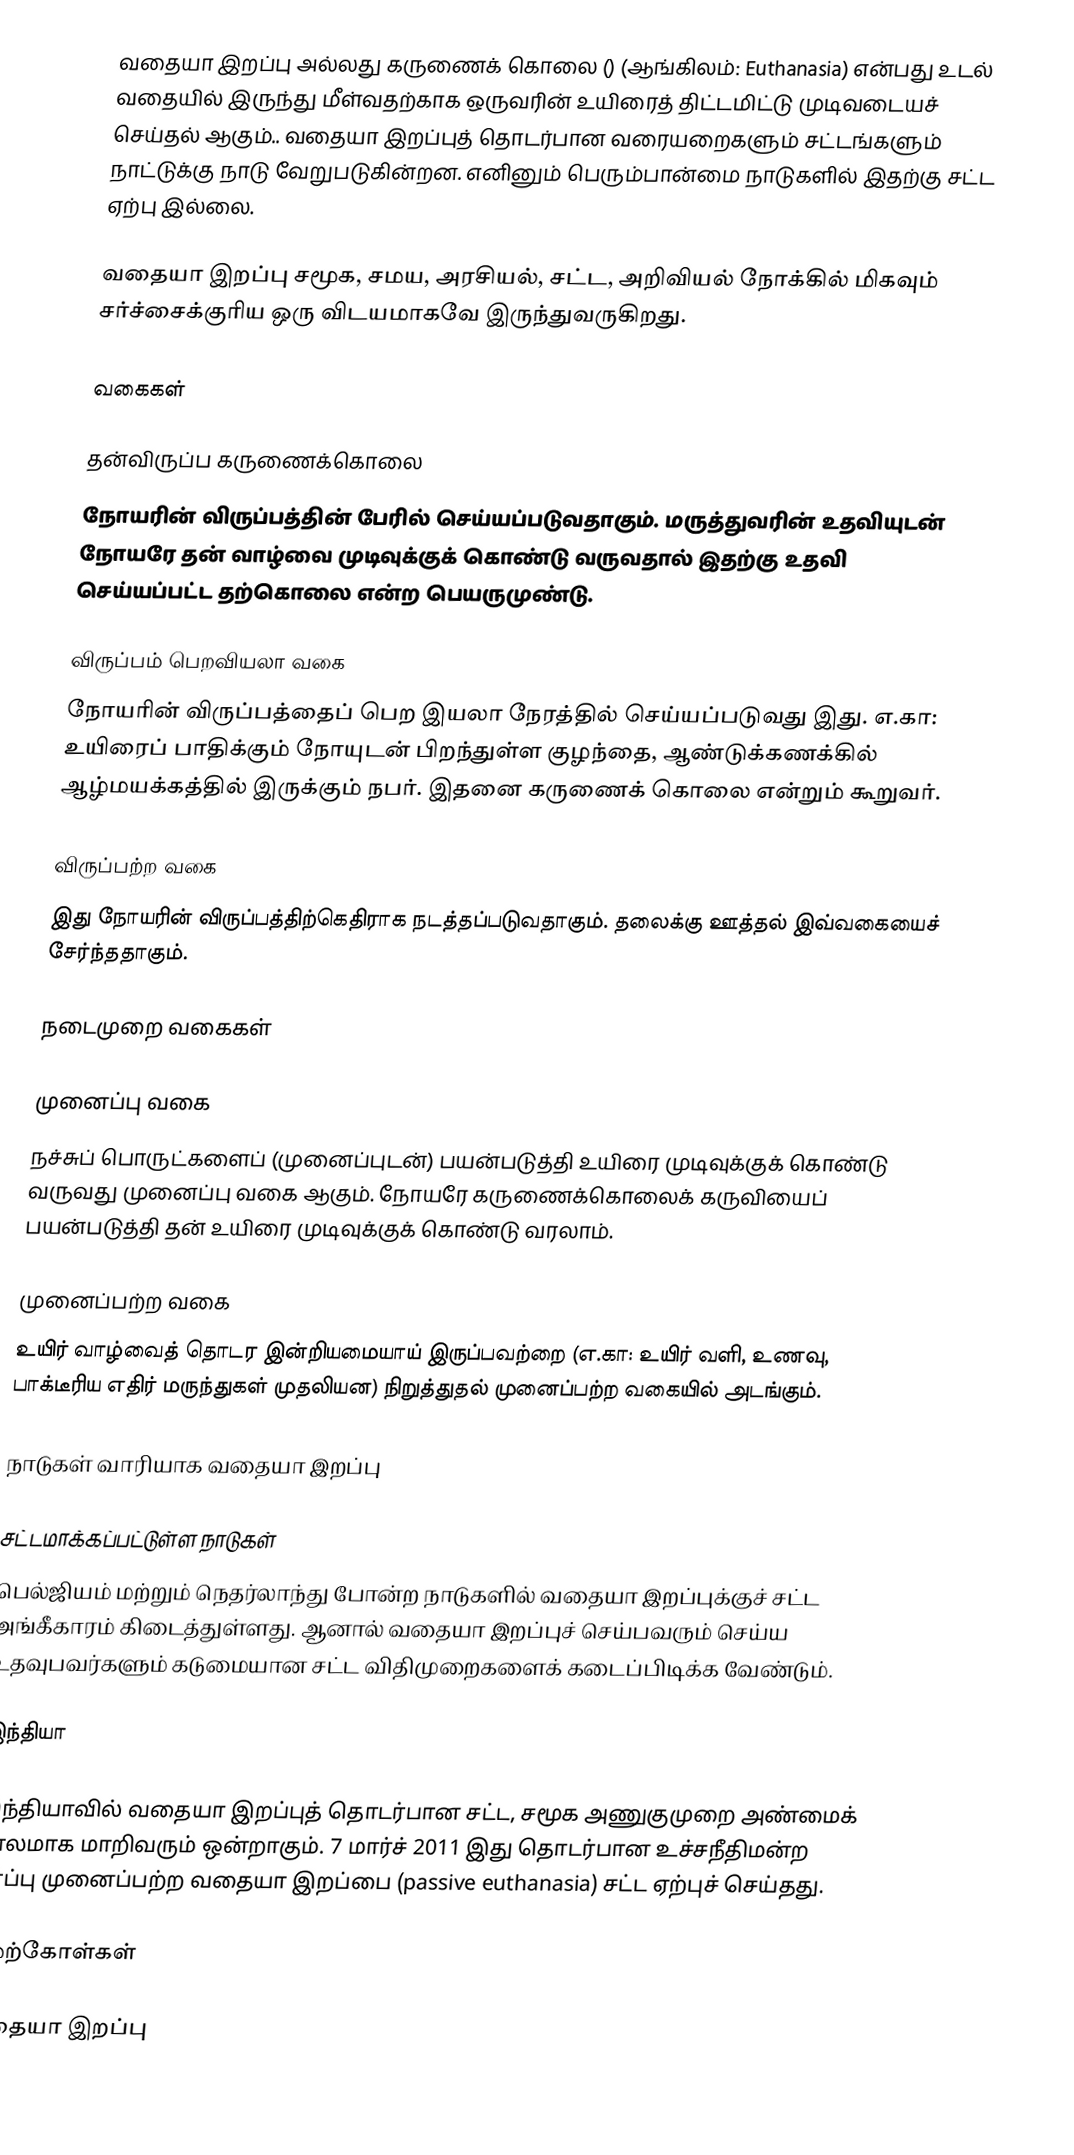
வதையா இறப்பு அல்லது கருணைக் கொலை () (ஆங்கிலம்: Euthanasia) என்பது உடல் வதையில் இருந்து மீள்வதற்காக ஒருவரின் உயிரைத் திட்டமிட்டு முடிவடையச் செய்தல் ஆகும்.. வதையா இறப்புத் தொடர்பான வரையறைகளும் சட்டங்களும் நாட்டுக்கு நாடு வேறுபடுகின்றன.  எனினும் பெரும்பான்மை நாடுகளில் இதற்கு சட்ட ஏற்பு இல்லை.

வதையா இறப்பு சமூக, சமய, அரசியல், சட்ட, அறிவியல் நோக்கில் மிகவும் சர்ச்சைக்குரிய ஒரு விடயமாகவே இருந்துவருகிறது.

வகைகள்

தன்விருப்ப கருணைக்கொலை
நோயரின் விருப்பத்தின் பேரில் செய்யப்படுவதாகும். மருத்துவரின் உதவியுடன் நோயரே தன் வாழ்வை முடிவுக்குக் கொண்டு வருவதால் இதற்கு உதவி செய்யப்பட்ட தற்கொலை என்ற பெயருமுண்டு.

விருப்பம் பெறவியலா வகை
நோயரின் விருப்பத்தைப் பெற இயலா நேரத்தில் செய்யப்படுவது இது. எ.கா: உயிரைப் பாதிக்கும் நோயுடன் பிறந்துள்ள குழந்தை, ஆண்டுக்கணக்கில் ஆழ்மயக்கத்தில் இருக்கும் நபர். இதனை கருணைக் கொலை என்றும் கூறுவர்.

விருப்பற்ற வகை
இது நோயரின் விருப்பத்திற்கெதிராக நடத்தப்படுவதாகும். தலைக்கு ஊத்தல் இவ்வகையைச் சேர்ந்ததாகும்.

நடைமுறை வகைகள்

முனைப்பு வகை
நச்சுப் பொருட்களைப் (முனைப்புடன்) பயன்படுத்தி உயிரை முடிவுக்குக் கொண்டு வருவது முனைப்பு வகை ஆகும். நோயரே கருணைக்கொலைக் கருவியைப் பயன்படுத்தி தன் உயிரை முடிவுக்குக் கொண்டு வரலாம்.

முனைப்பற்ற வகை
உயிர் வாழ்வைத் தொடர இன்றியமையாய் இருப்பவற்றை (எ.கா: உயிர் வளி, உணவு, பாக்டீரிய எதிர் மருந்துகள் முதலியன) நிறுத்துதல் முனைப்பற்ற வகையில் அடங்கும்.

நாடுகள் வாரியாக வதையா இறப்பு

சட்டமாக்கப்பட்டுள்ள நாடுகள்
பெல்ஜியம் மற்றும் நெதர்லாந்து போன்ற நாடுகளில் வதையா இறப்புக்குச் சட்ட அங்கீகாரம் கிடைத்துள்ளது. ஆனால் வதையா இறப்புச் செய்பவரும் செய்ய உதவுபவர்களும் கடுமையான சட்ட விதிமுறைகளைக் கடைப்பிடிக்க வேண்டும்.

இந்தியா

இந்தியாவில் வதையா இறப்புத் தொடர்பான சட்ட, சமூக அணுகுமுறை அண்மைக் காலமாக மாறிவரும் ஒன்றாகும். 7 மார்ச் 2011 இது தொடர்பான உச்சநீதிமன்ற தீர்ப்பு முனைப்பற்ற வதையா இறப்பை (passive euthanasia) சட்ட ஏற்புச் செய்தது.

மேற்கோள்கள்

வதையா இறப்பு